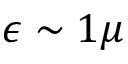
\epsilon \sim 1 \mu